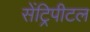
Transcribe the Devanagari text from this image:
सेंट्रिपीटल